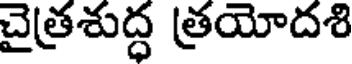
చైత్రశుద్ధ త్రయోదశి